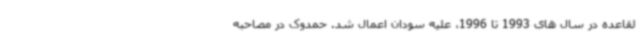
لقاعده در سال های 1993 تا 1996، علیه سودان اعمال شد. حمدوک در مصاحبه